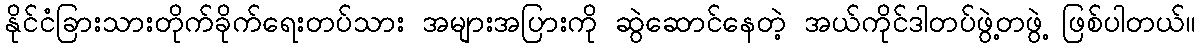
နိုင်ငံခြားသားတိုက်ခိုက်ရေးတပ်သား အများအပြားကို ဆွဲဆောင်နေတဲ့ အယ်ကိုင်ဒါတပ်ဖွဲ့တဖွဲ့ ဖြစ်ပါတယ်။